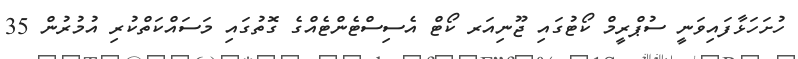
ހުށަހަޅާފައިވަނީ ސުޕްރީމް ކޯޓުގައި ޖޫނިއަރ ކޯޓް އެސިސްޓެންޓެއްގެ ގޮތުގައި މަސައްކަތްކުރި އުމުރުން 35